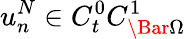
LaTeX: u_{n}^{N}\in C_{t}^{0}C_{\Bar{\Omega}}^{1}